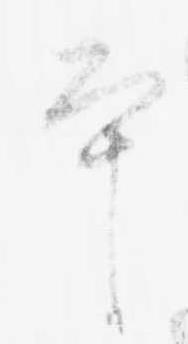
本